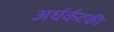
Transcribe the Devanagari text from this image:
अर्धर्कटकी